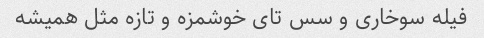
فیله سوخاری و سس تای خوشمزه و تازه مثل همیشه